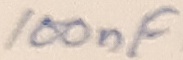
Text: 100nF